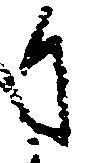
日